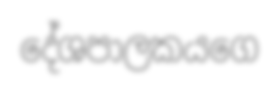
දේශපාලකයගෙ